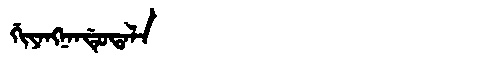
Manchu: ᡤᡳᠶᠠᠩᠨᠠᠨᡩᡠᡨᠠᠯᠠ
Romanization: GIYANGNANDUTALA